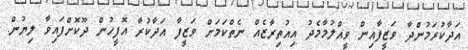
އަދާކުރަމުންދާ ވަޒީފާއިން ވީއްލުމާމެދު އިއުތިރާޒެއް ނެތްކަމަށް ވަޒީފާ އަދާކުރާ އޮފީހުން ދޫކޮށްފައިވާ ލިޔުން.